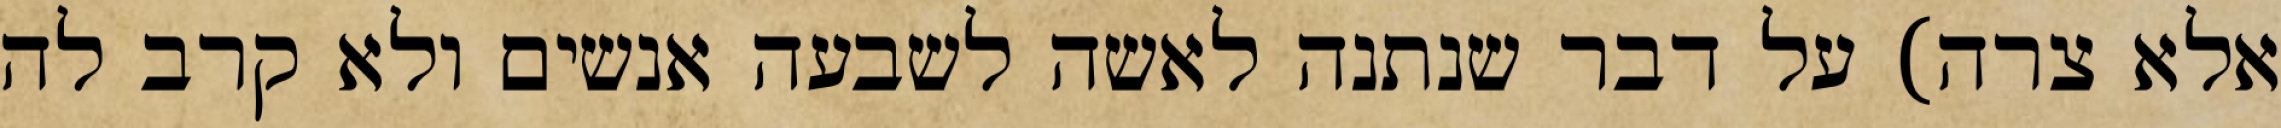
אלא צרה) על דבר שנתנה לאשה לשבעה אנשים ולא קרב לה